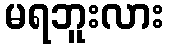
မရဘူးလား